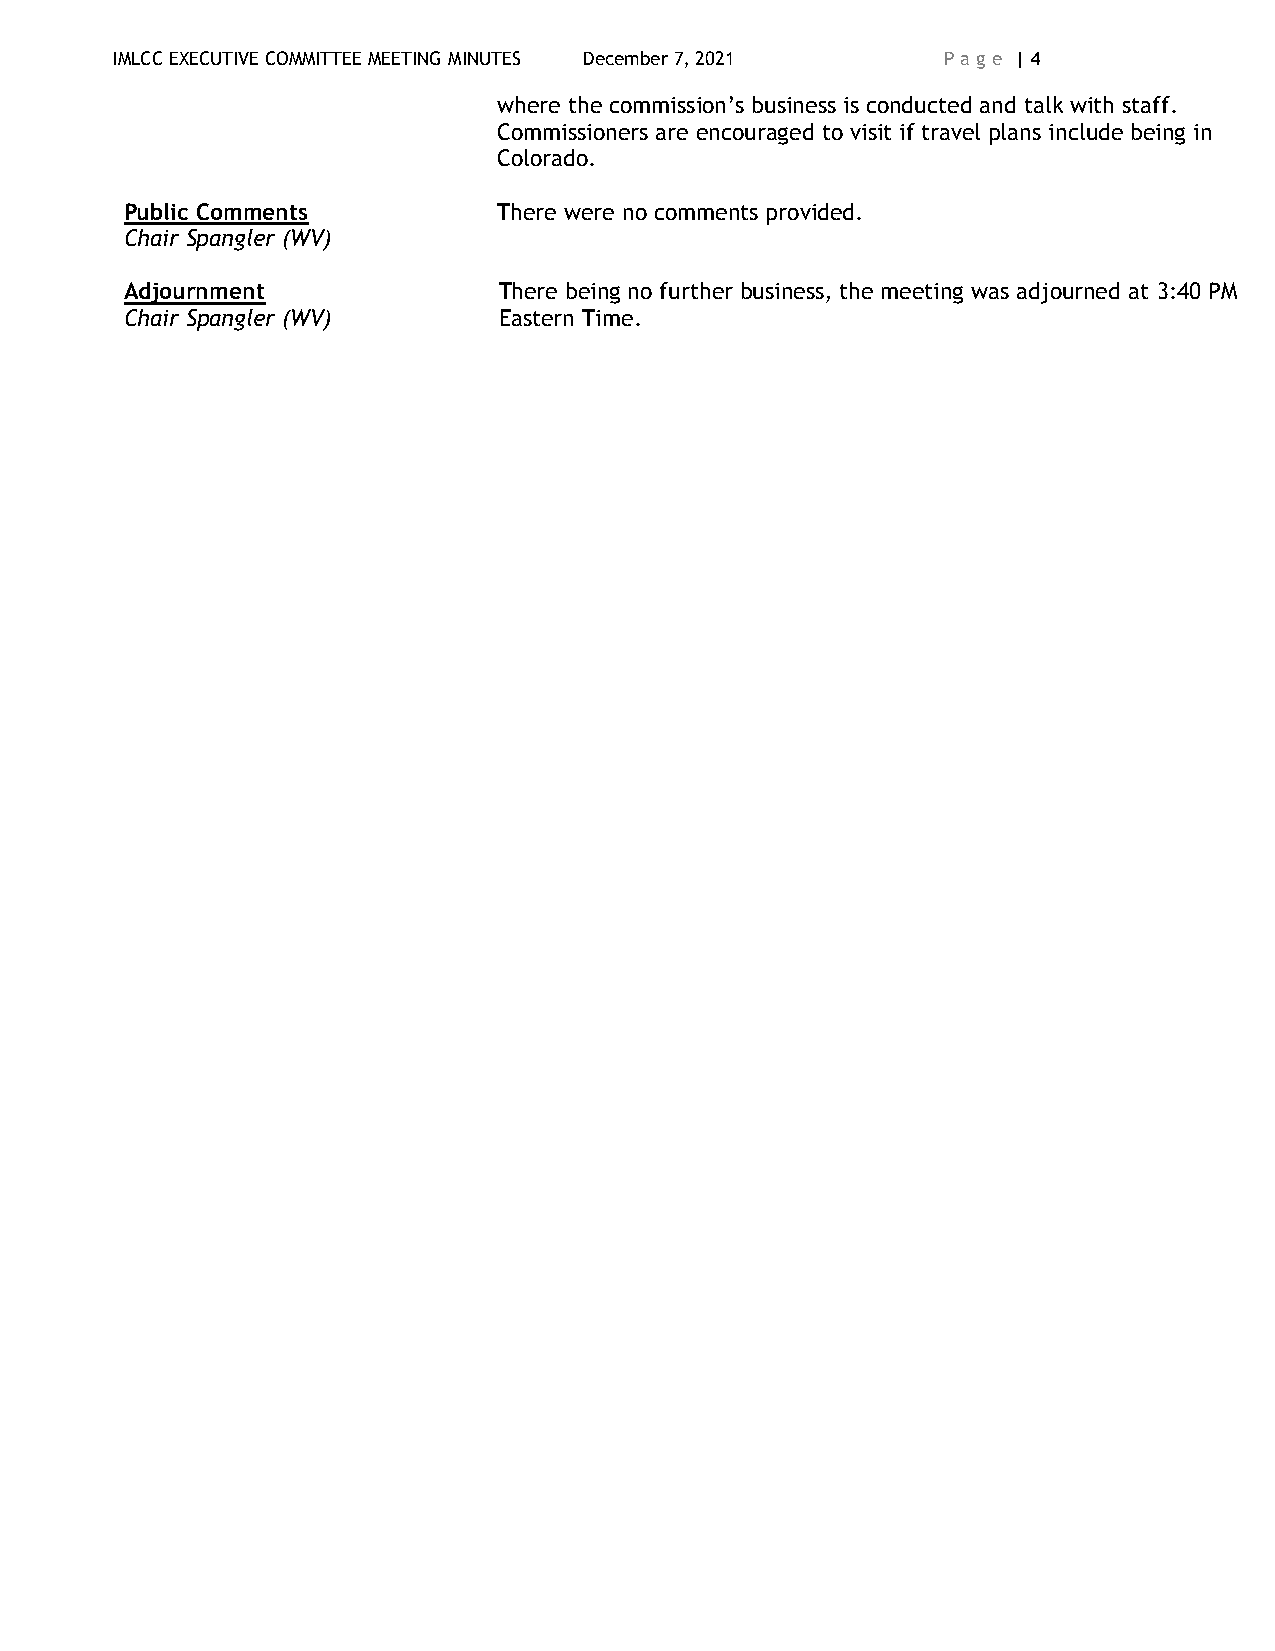
IMLCC EXECUTIVE COMMITTEE MEETING MINUTES December 7, 2021 P ag e | 4
 where the commission’s business is conducted and talk with staff.
 Commissioners are encouraged to visit if travel plans include being in
 Colorado.
 Public Comments          The re were no comments provided.
 Chair Spangler (WV)
 Adjournment              There being no further business, the meeting was adjourned at 3:40 PM
 Chair Spangler (WV)      Eastern Time.